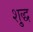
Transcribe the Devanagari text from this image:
शु्द्ध